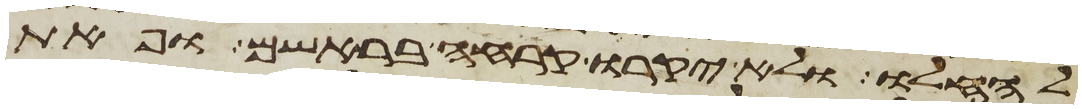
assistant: להחלו ולא יקרחו קרחה בראשם ופאת